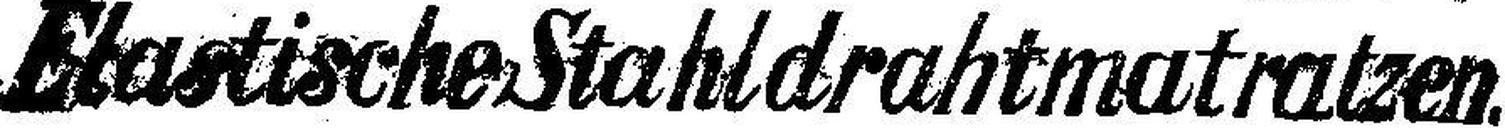
Elastische Stahldrahtmatratzen.